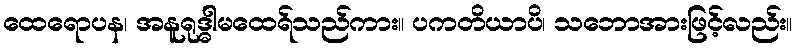
ထေရောပန၊ အနူရုဒ္ဓါမထေရ်သည်ကား။ ပကတိယာပိ၊ သဘောအားဖြင့်လည်း။